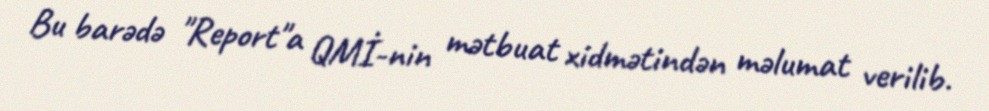
Bu barədə "Report"a QMİ-nin mətbuat xidmətindən məlumat verilib.